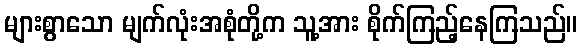
များစွာသော မျက်လုံးအစုံတို့က သူ့အား စိုက်ကြည့်နေကြသည်။